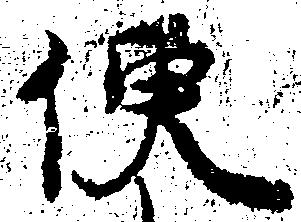
便